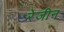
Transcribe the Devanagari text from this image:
रेजीन